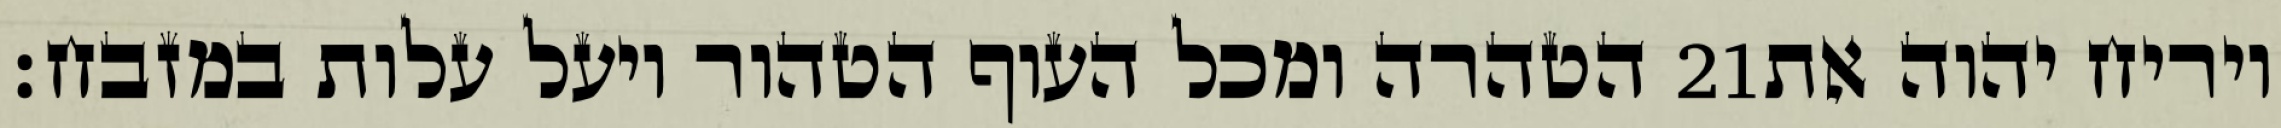
הטהרה ומכל העוף הטהור ויעל עלות במזבח׃ ‎21‏ ויריח יהוה את